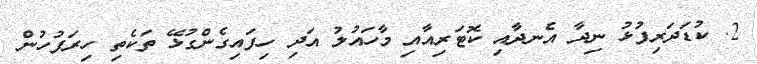
2. ކުޑަދަރިފުޅު ނިދާ އެނދާއި ކޮޓަރިއާއި މާހައުލު އަދި ހިފައިގެންގުޅޭ ތަކެތި ހިރަފުހުން